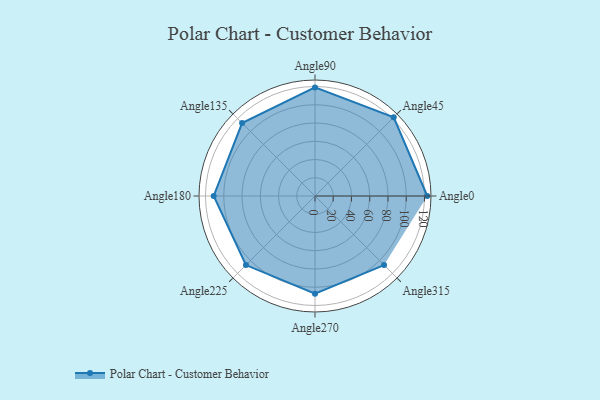
{"axis": {"x": "Angle", "y": "Radius"}, "legend": [""], "data": [{"x": "Angle0", "y": 123.0, "type": ""}, {"x": "Angle45", "y": 122.0, "type": ""}, {"x": "Angle90", "y": 119.0, "type": ""}, {"x": "Angle135", "y": 113.0, "type": ""}, {"x": "Angle180", "y": 111.0, "type": ""}, {"x": "Angle225", "y": 107.0, "type": ""}, {"x": "Angle270", "y": 107.0, "type": ""}, {"x": "Angle315", "y": 107.0, "type": ""}]}